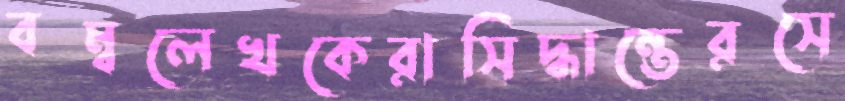
বম্বলেখকেরাসিদ্ধান্তেরসে